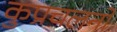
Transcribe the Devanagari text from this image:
कुप्रचलनों